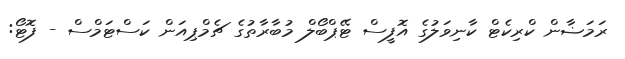
ރަމަޟާން ކްރިކެޓް ކާނިވަލުގެ އޮފީސް ޓޭޕްބޯލް މުބާރާތުގެ ޗެމްޕިއަން ކަސްޓަމްސް - ފޮޓޯ: